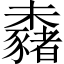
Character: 𣠕